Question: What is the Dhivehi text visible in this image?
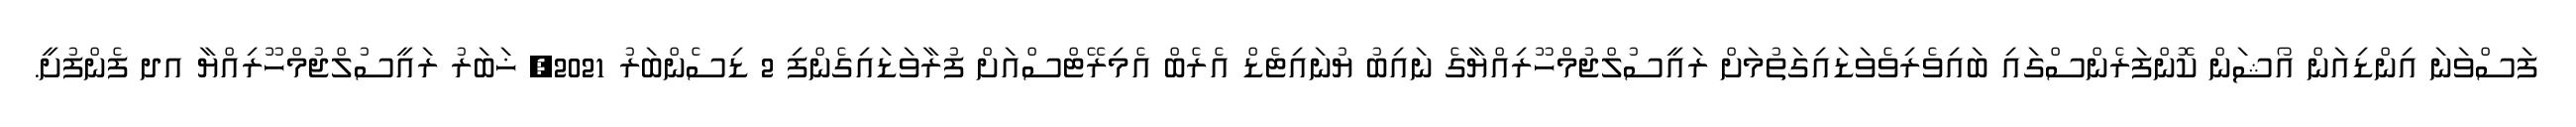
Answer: ފަސްވަނަ އިންޑިއަން އޯޝަން ކޮންފަރެންސްގައި ބައިވެރިވެވަޑައިގަތުމަށް ރައީސުލްޖުމްހޫރިއްޔާގެ ނައިބު ޔުނައިޓެޑް އެރެބް އެމިރޭޓްސްއަށް ފުރާވަޑައިގެންފި 2 ޑިސެންބަރު 2021, ޚަބަރު ރައީސުލްޖުމްހޫރިއްޔާ އދ ފެންފުށީ.